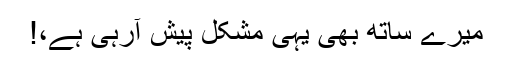
میرے ساتھ بھی یہی مشکل پیش آرہی ہے،!